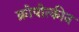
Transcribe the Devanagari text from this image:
क्रोपोत्कीन